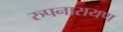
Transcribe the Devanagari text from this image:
रुपनारायण